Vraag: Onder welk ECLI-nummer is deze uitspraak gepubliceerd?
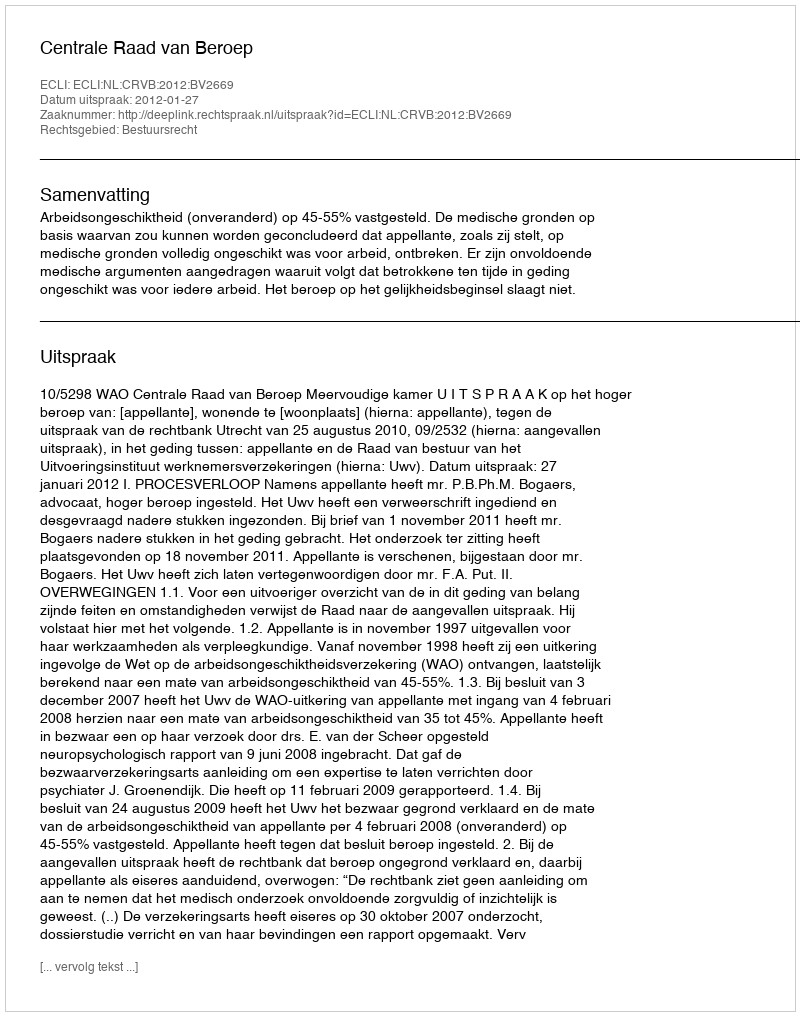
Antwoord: ECLI:NL:CRVB:2012:BV2669